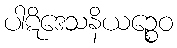
ပါဋိဒေသနိယဉ္စေဝ